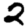
Digit: 2